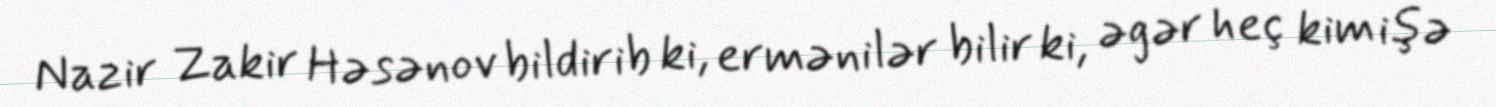
Nazir Zakir Həsənov bildirib ki, ermənilər bilir ki, əgər heç kim işə